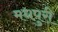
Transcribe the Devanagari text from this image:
मधपुरी